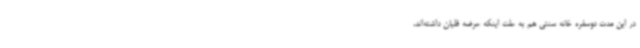
در این مدت دوسفره خانه سنتی هم به علت اینکه عرضه قلیان داشته‌اند،